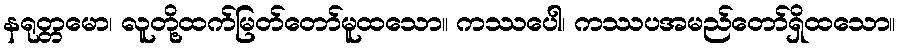
နရုတ္တမော၊ လူတို့ထက်မြတ်တော်မူထသော။ ကဿပေါ၊ ကဿပအမည်တော်ရှိထသော။